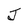
Character: J